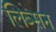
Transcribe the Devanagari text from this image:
लिब्सन